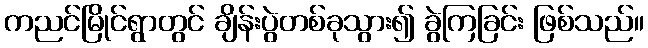
ကညင်မြိုင်ရွာတွင် ချိန်းပွဲတစ်ခုသွား၍ ခွဲကြခြင်း ဖြစ်သည်။